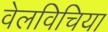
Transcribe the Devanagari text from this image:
वेलविचिया